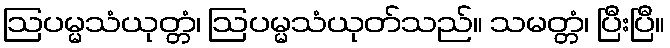
ဩပမ္မသံယုတ္တံ၊ ဩပမ္မသံယုတ်သည်။ သမတ္တံ၊ ပြီးပြီ။